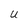
Character: U